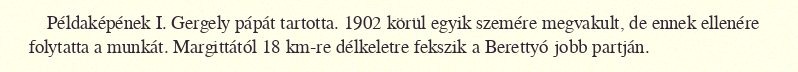
Példaképének I. Gergely pápát tartotta. 1902 körül egyik szemére megvakult, de ennek ellenére folytatta a munkát. Margittától 18 km-re délkeletre fekszik a Berettyó jobb partján.